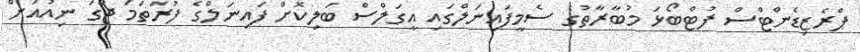
ޕްރެޒިޑެންޓްސް ފުޓްބޯޅަ މުބާރާތުގެ ސެމީފައިނަލްގައި އީގަލްސް ބަލިކޮށް ފައިނަލްގެ ފުރަތަމަ ޖާގަ ނިއުއަށް